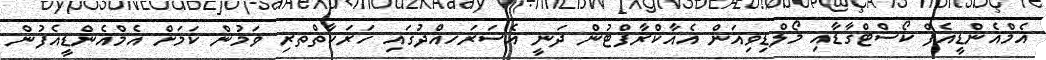
އެމްއެންޑީއެފް ކޯސްޓްގާޑާއި މޯލްޑިވިއަން އެއާކްރާފްޓުން ދަނީ އެސަރަހއްދުގައި ހަރަކާތްތރި ވަމުން ކަމަށް އެމްއެންޑީއެފުން